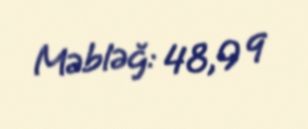
Məbləğ: 48,9 q